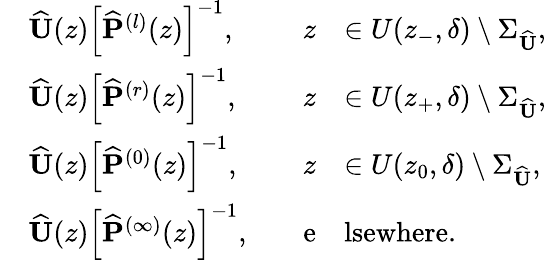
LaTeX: \begin{array}{rlrl}&{\widehat{\mathbf{U}}(z)\left[\widehat{\mathbf{P}}^{(l)}(z)\right]^{-1},\quad}&{z}&{\in U(z_{-},\delta)\setminus\Sigma_{\widehat{\mathbf{U}}},}\\ &{\widehat{\mathbf{U}}(z)\left[\widehat{\mathbf{P}}^{(r)}(z)\right]^{-1},\quad}&{z}&{\in U(z_{+},\delta)\setminus\Sigma_{\widehat{\mathbf{U}}},}\\ &{\widehat{\mathbf{U}}(z)\left[\widehat{\mathbf{P}}^{(0)}(z)\right]^{-1},\quad}&{z}&{\in U(z_{0},\delta)\setminus\Sigma_{\widehat{\mathbf{U}}},}\\ &{\widehat{\mathbf{U}}(z)\left[\widehat{\mathbf{P}}^{(\infty)}(z)\right]^{-1},\quad}&{\mathrm{e}}&{\mathrm{lsewhere}.}\end{array}